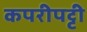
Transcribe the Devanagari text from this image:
कपरीपट्टी